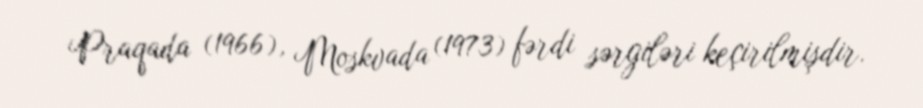
Praqada (1966), Moskvada (1973) fərdi sərgiləri keçirilmişdir.